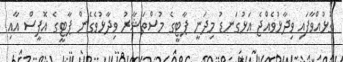
ގުޅުއްވާފައި ވިދާޅުވެއްޖެ އަޅުގަނޑު މިދަނީ ޕާޓީގެ މުސްތަޝާރު ވިދާޅުވެގެން ޕާޓީގެ އޮފީސް އާއި